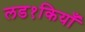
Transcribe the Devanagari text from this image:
लड१कियाँ